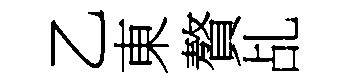
乙東贅乩